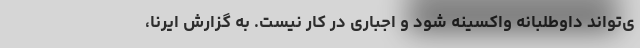
ی‌تواند داوطلبانه واکسینه شود و اجباری در کار نیست. به گزارش ایرنا،